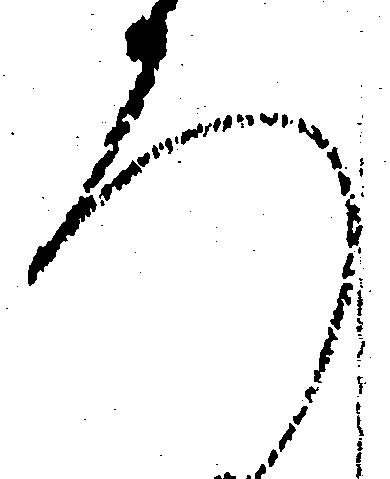
ろ